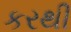
કરથી